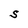
Character: S